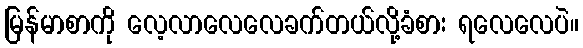
မြန်မာစာကို လေ့လာလေလေခက်တယ်လို့ခံစား ရလေလေပဲ။